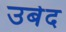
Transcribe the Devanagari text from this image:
उबेद